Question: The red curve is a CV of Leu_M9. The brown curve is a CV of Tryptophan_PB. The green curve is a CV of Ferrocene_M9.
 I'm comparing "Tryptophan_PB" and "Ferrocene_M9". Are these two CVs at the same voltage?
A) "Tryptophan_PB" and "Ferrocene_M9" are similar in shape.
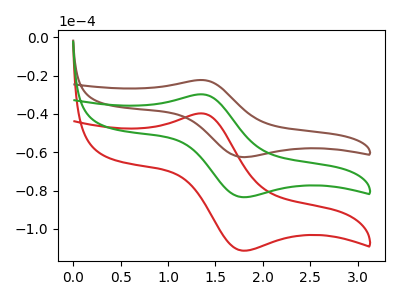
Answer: <think>The red curve "Leu_M9" has an anodic peak at (1.35V, -59.60uA) and a cathodic peak at (1.80V, -166.90uA). The brown curve "Tryptophan_PB" has an anodic peak at (1.35V, -22.35uA) and a cathodic peak at (1.80V, -62.55uA). The green curve "Ferrocene_M9" has an anodic peak at (1.35V, -29.80uA) and a cathodic peak at (1.80V, -83.45uA).
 All the peaks in "Tryptophan_PB" have a peak in "Ferrocene_M9" at the same potential.</think>
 <answer>A) "Tryptophan_PB" and "Ferrocene_M9" are similar in shape.</answer>
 <eval>A</eval>